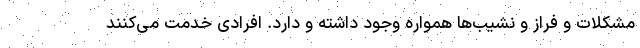
مشکلات و فراز و نشیب‌ها همواره وجود داشته و دارد. افرادی خدمت می‌کنند